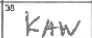
Transcription: KAW